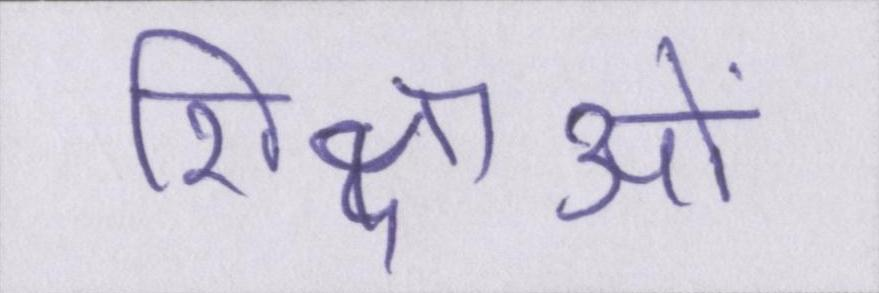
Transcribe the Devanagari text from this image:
शिक्षाओं